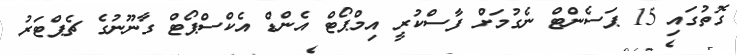
ގޮތުގައި 15 ޕަސެންޓް ނެގުމަށް ފާސްކުރީ އިމްޕޯޓް އެންޑް އެކްސްޕޯޓް ގާނޫނުގެ ޗެޕްޓަރު